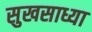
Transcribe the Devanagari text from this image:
सुखसाध्या